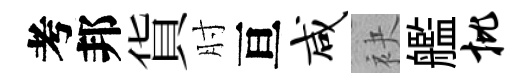
考邦貨肘亘咸袂艦批